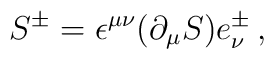
S^\pm= \epsilon^{\mu \nu} (\partial_\mu S) e^\pm_\nu \, ,